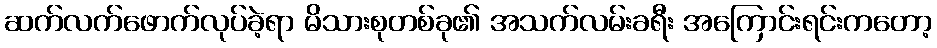
ဆက်လက်ဖောက်လုပ်ခဲ့ရာ မိသားစုတစ်ခု၏ အသက်လမ်းခရီး အကြောင်းရင်းကတော့